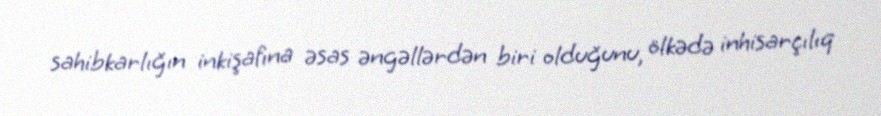
sahibkarlığın inkişafına əsas əngəllərdən biri olduğunu, ölkədə inhisarçılıq